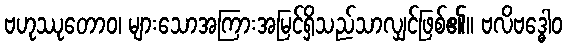
ဗဟုဿုတောဝ၊ များသောအကြားအမြင်ရှိသည်သာလျှင်ဖြစ်၏။ ဗလိဗဒ္ဓေါဝ